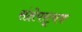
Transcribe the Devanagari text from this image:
संक्षेपसूचक